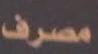
مصرف